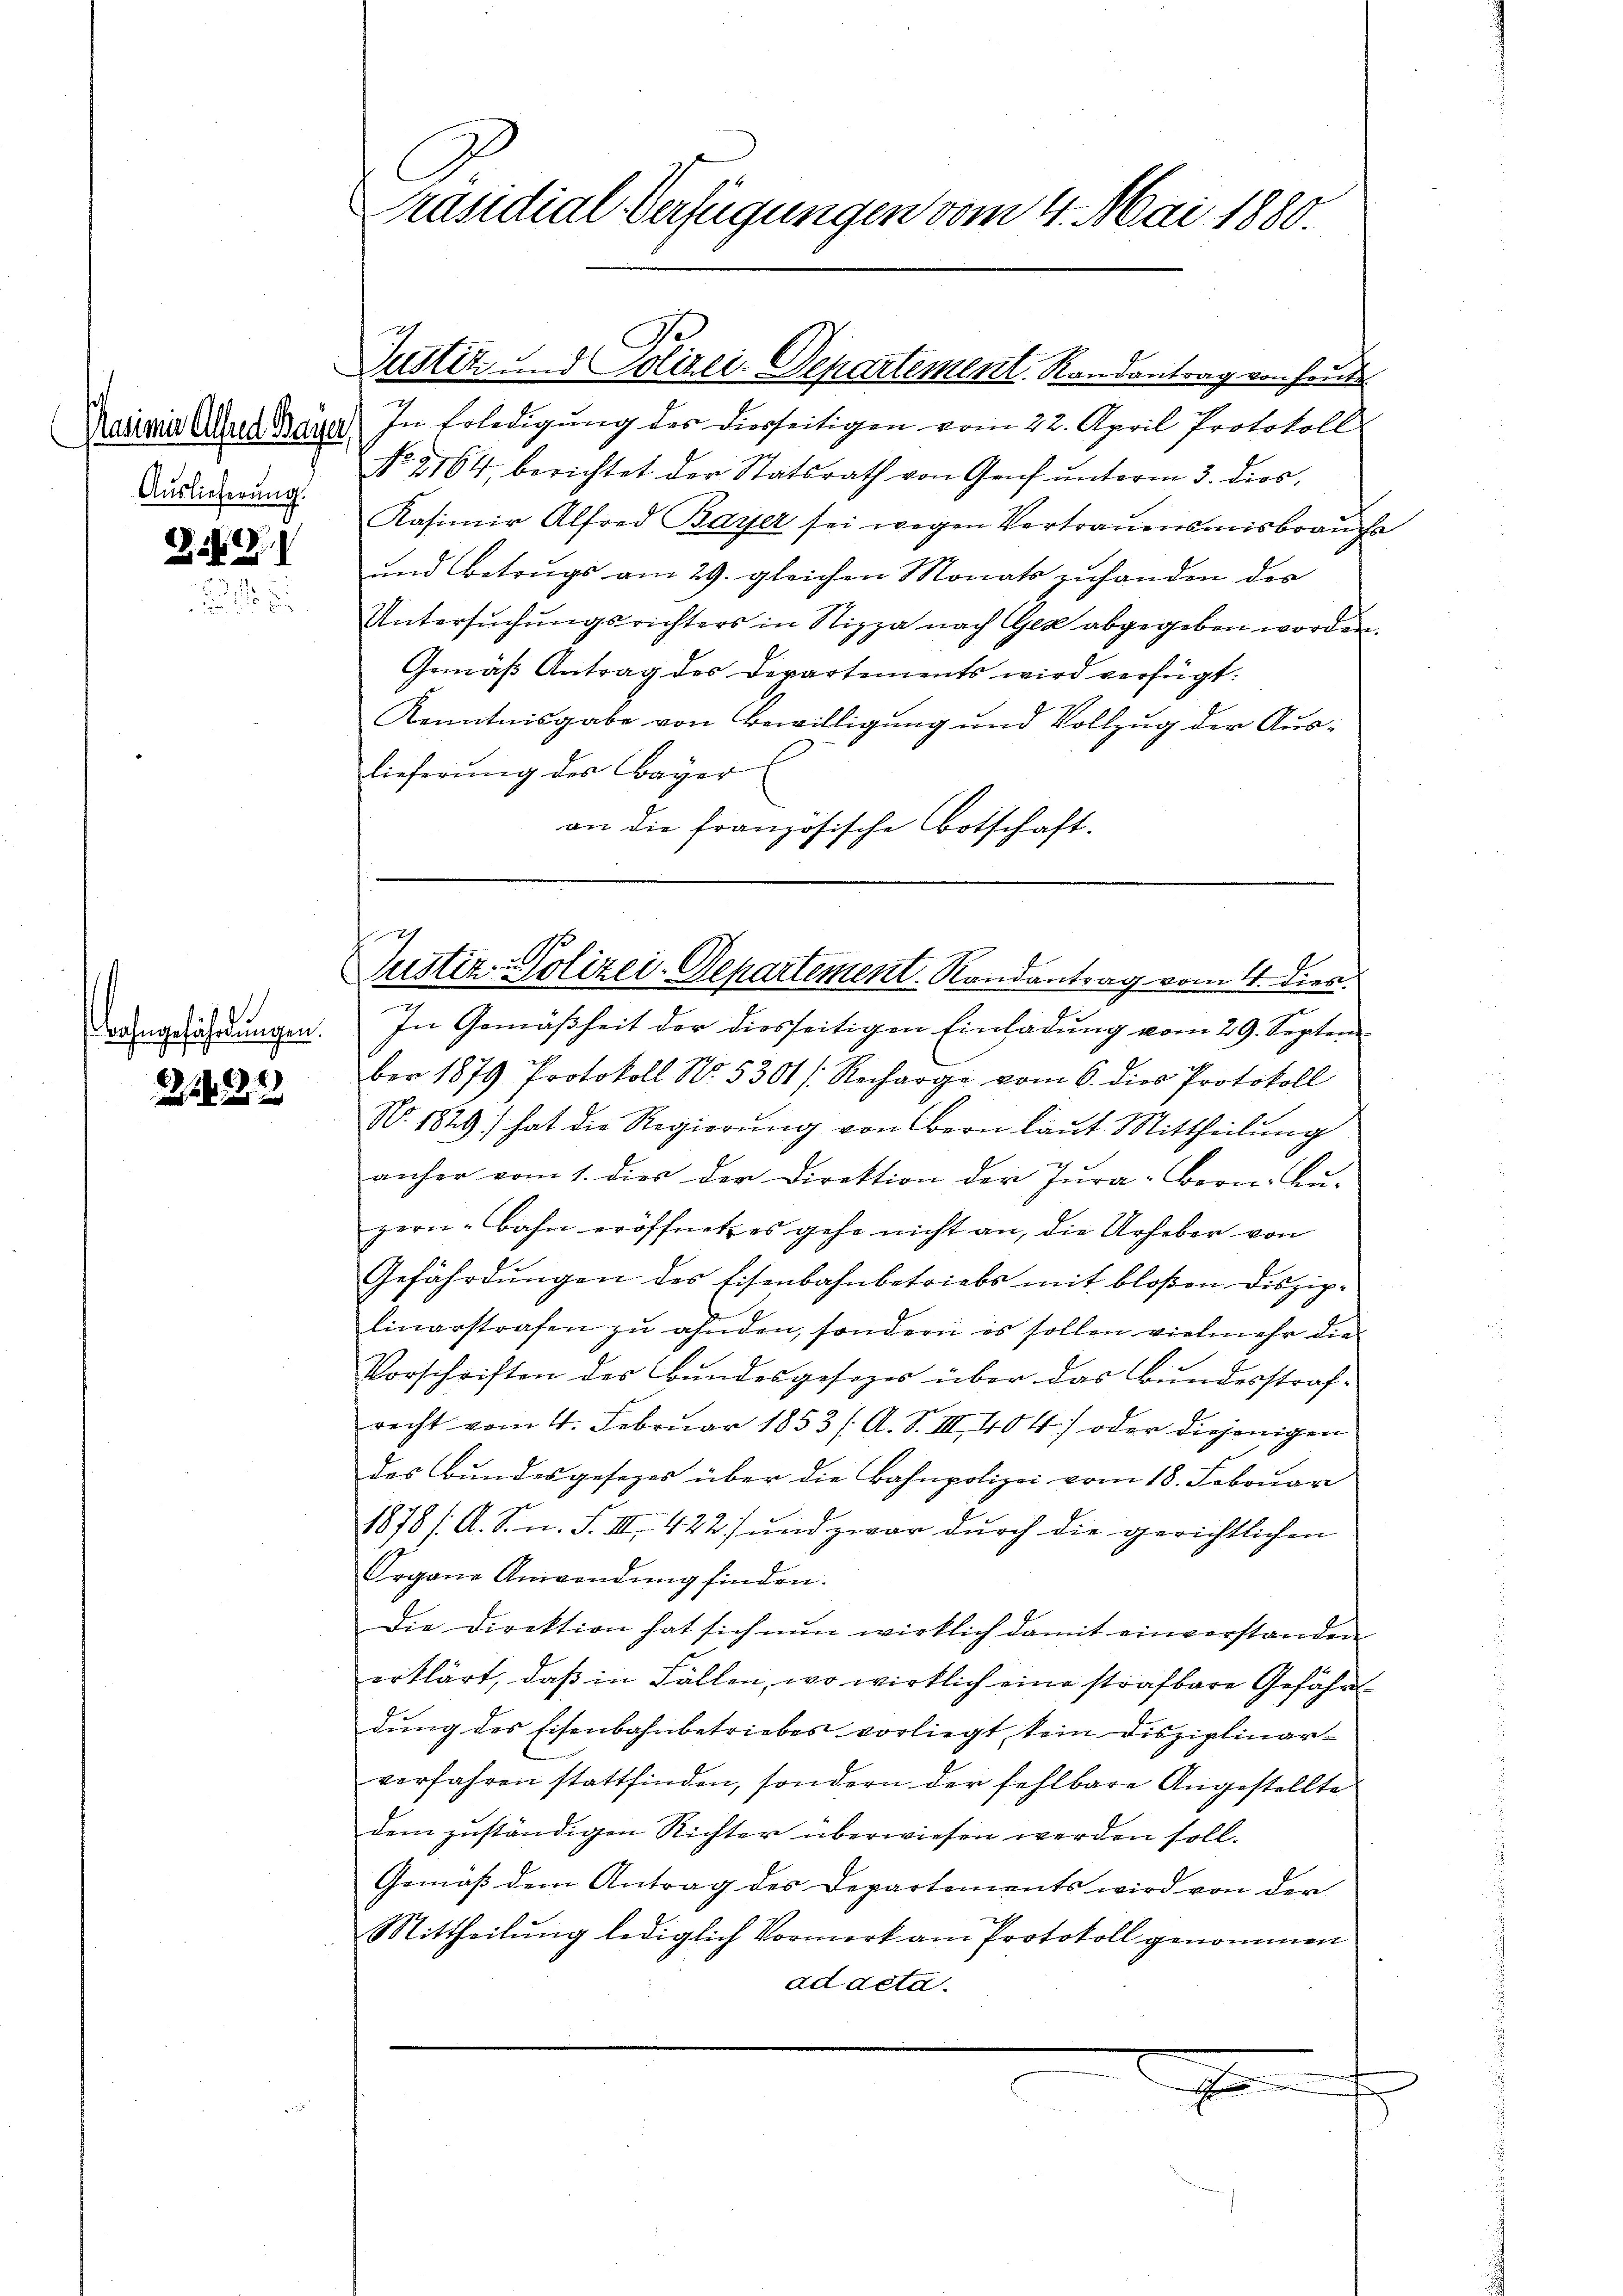
Pasimi Alfred Bayer,
Auslieferung

28

Bahngeführungen.

21622

Präsidial-Verfügungen vom 4. Mai 1880.

In Erledigung des diesseitigen vom 22. April Protokoll
No. 2164 berichtet der Statsrath von Genf unterm 3. dies
Kasimir Alfred Bayer sei wegen Vertrauensmisbrauche
und Betrags am 29. gleichen Monats zuhanden der
Untersuchungsrichters in Nizza nach GGez abgegeben worden.
Gemäβ Antrag des Departements wird verfügt:
Kenntnisgabe von Bewilligung und Vollzug der Auslieferung des Bayer
an die französische Botschaft.

Justitz u. d. Polizei-Departement. Randantrag von heut

h
Justiz- Polizei-Departement Randantrag vom 4. dies

In Gemäßheit der diesseitigen Einladung vom 29. September 1879 Protokoll No. 5301 f. Recharge vom 6. dies Protokoll
No. 1829) hat die Regierung von Bern laut Mittheilung
anher vom 1. dies der Direktion der Jura-Bern. Bu-
zern - bahn eröffnet es gehe nicht an, die Urheber von
Gefährdungen des Eisenbahnbetriebs mit bloßen Disziplinarstrafen zŭ ahnden, sondern es sollen vielmehr die
Vorschriften des Bundesgesezes über das Bundesstrafrecht vom 4. Februar 1853 /A. S. III 404) oder diejenigen
des Bundesgesezes über die Bahnpolizei vom 18. Februar
1878 /A. S. n. F. III 422) und zwar durch die gerichtlichen
Organe Anwendung finden.
Die Direktion hat sich nun wirklich damit einverstanden
erklärt, daß in Fällen, wo wirklich eine strafbare Gefährt
dung des Eisenbahnbetriebes vorliegt sein disziplinar-
vorfahren stattfinden, sondern der fehlbare Angestellte
dem zuständigen Richter überwiesen werden soll.
Gemäß dem Antrag des Departements wird von der
Mittheilung lediglich Vormerk am Protokoll genommen
ad acta.
7